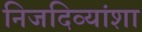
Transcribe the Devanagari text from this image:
निजदिव्यांशा